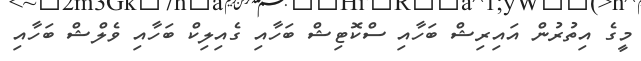
މީގެ އިތުރުން އައިރިޝް ބަހާއި ސްކޮޓިޝް ބަހާއި ގެއިލިކް ބަހާއި ވެލްޝް ބަހާއި